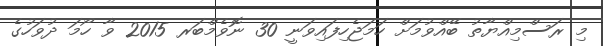
މި ރަސްމިއްޔާތު ބޭއްވުމަށް ހަމަޖެހިފައިވަނީ 30 ނޮވެމްބަރ 2015 ވާ ހޯމަ ދުވަހުގެ